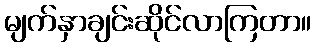
မျက်နှာချင်းဆိုင်လာကြတာ။